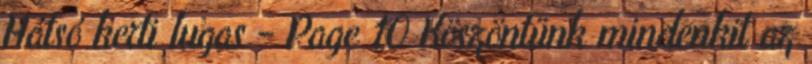
Hátsó kerti lugas - Page 10 Köszöntünk mindenkit az